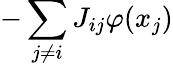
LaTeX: -\sum_{j\neq i}J_{ij}\varphi(x_{j})